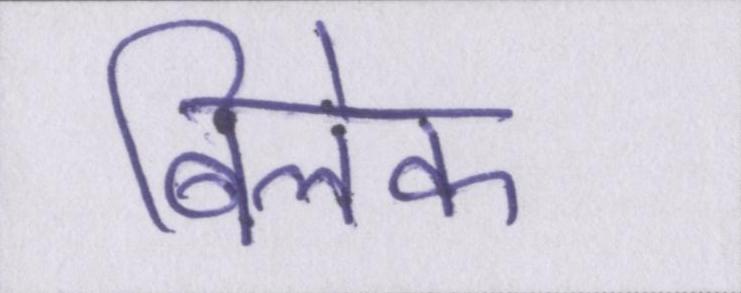
बिलेक